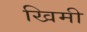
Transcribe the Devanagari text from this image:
खिमी